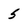
Character: 5